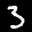
Label: 3